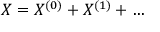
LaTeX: X = X ^ { ( 0 ) } + X ^ { ( 1 ) } + \ldots